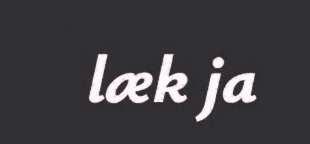
læk ja